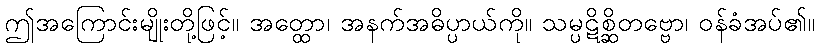
ဤအကြောင်းမျိုးတို့ဖြင့်။ အတ္ထော၊ အနက်အဓိပ္ပာယ်ကို။ သမ္ပဋိစ္ဆိတဗ္ဗော၊ ဝန်ခံအပ်၏။